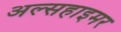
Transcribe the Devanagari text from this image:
अल्सहाइमर